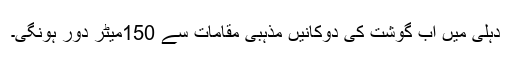
دہلی میں اب گوشت کی دوکانیں مذہبی مقامات سے 150میٹر دور ہونگی۔